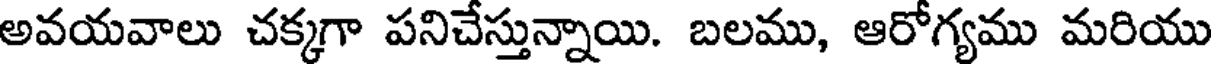
అవయవాలు చక్కగా పనిచేస్తున్నాయి. బలము, ఆరోగ్యము మరియు